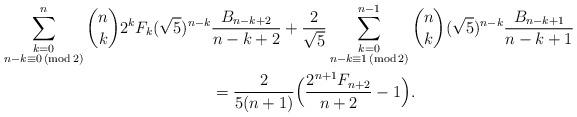
LaTeX: \begin{align*}\sum_{\substack{k=0 \\ n - k \equiv 0 \,(\mathrm {mod} \,2)}}^n \binom{n}{k} 2^k F_{k} (\sqrt{5})^{n-k} &\frac{B_{n-k+2}}{n-k+2} + \frac{2}{\sqrt{5}} \sum_{\substack{k=0 \\ n - k \equiv 1 \,(\mathrm {mod} \,2)}}^{n-1} \binom{n}{k} (\sqrt{5})^{n-k} \frac{B_{n-k+1}}{n-k+1}\\& = \frac{2}{5(n+1)}\Big ( \frac{2^{n+1}F_{n+2}}{n+2} - 1 \Big ).\end{align*}